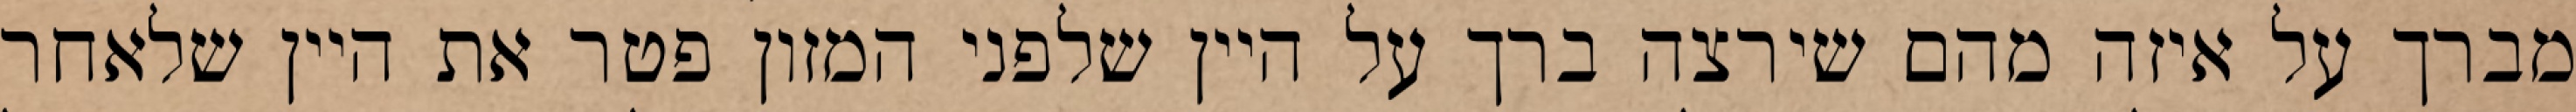
מברך על איזה מהם שירצה ברך על היין שלפני המזון פטר את היין שלאחר